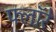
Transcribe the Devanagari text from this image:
फ्लॉरे